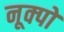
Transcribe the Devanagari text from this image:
नूक्पो